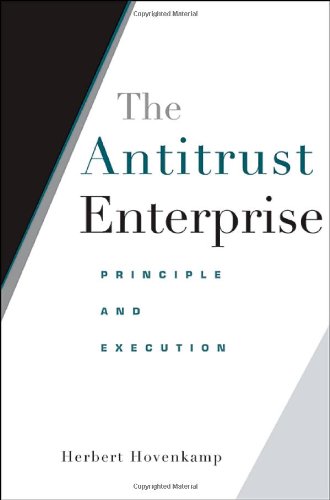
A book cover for The Antitrust Enterprise: Principle and Execution; Herbert Hovenkamp; Business & Money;